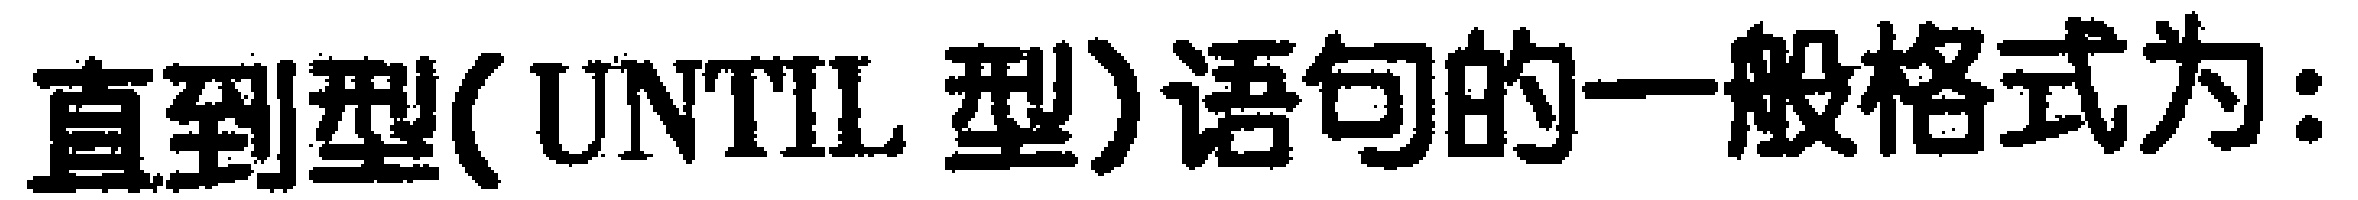
直到型(UNTIL型)语句的一般格式为: